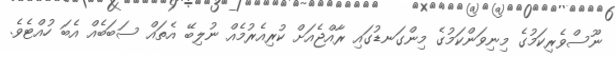
ނޫސްވެރިކަމުގެ މިނިވަންކަމުގެ މިންގަނޑުގައި ރާއްޖެއަށް ކުރިއެރުމެއް ނުލިބޭ އެތައް ސަބަބެއް އެބަ ހުއްޓެވެ.